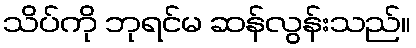
သိပ်ကို ဘုရင်မ ဆန်လွန်းသည်။